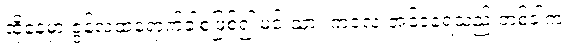
ထိုနေ့မှာ ဇွန်လထဲရောက်ခါစဖြစ်၍ မင်းသား ကလေးအင်ဒရေသည် တစ်ခါက